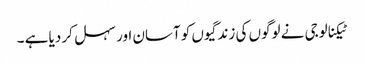
ٹیکنالوجی نے لوگوں کی زندگیوں کو آسان اور سہل کر دیا ہے ۔